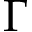
\Gamma